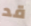
قد